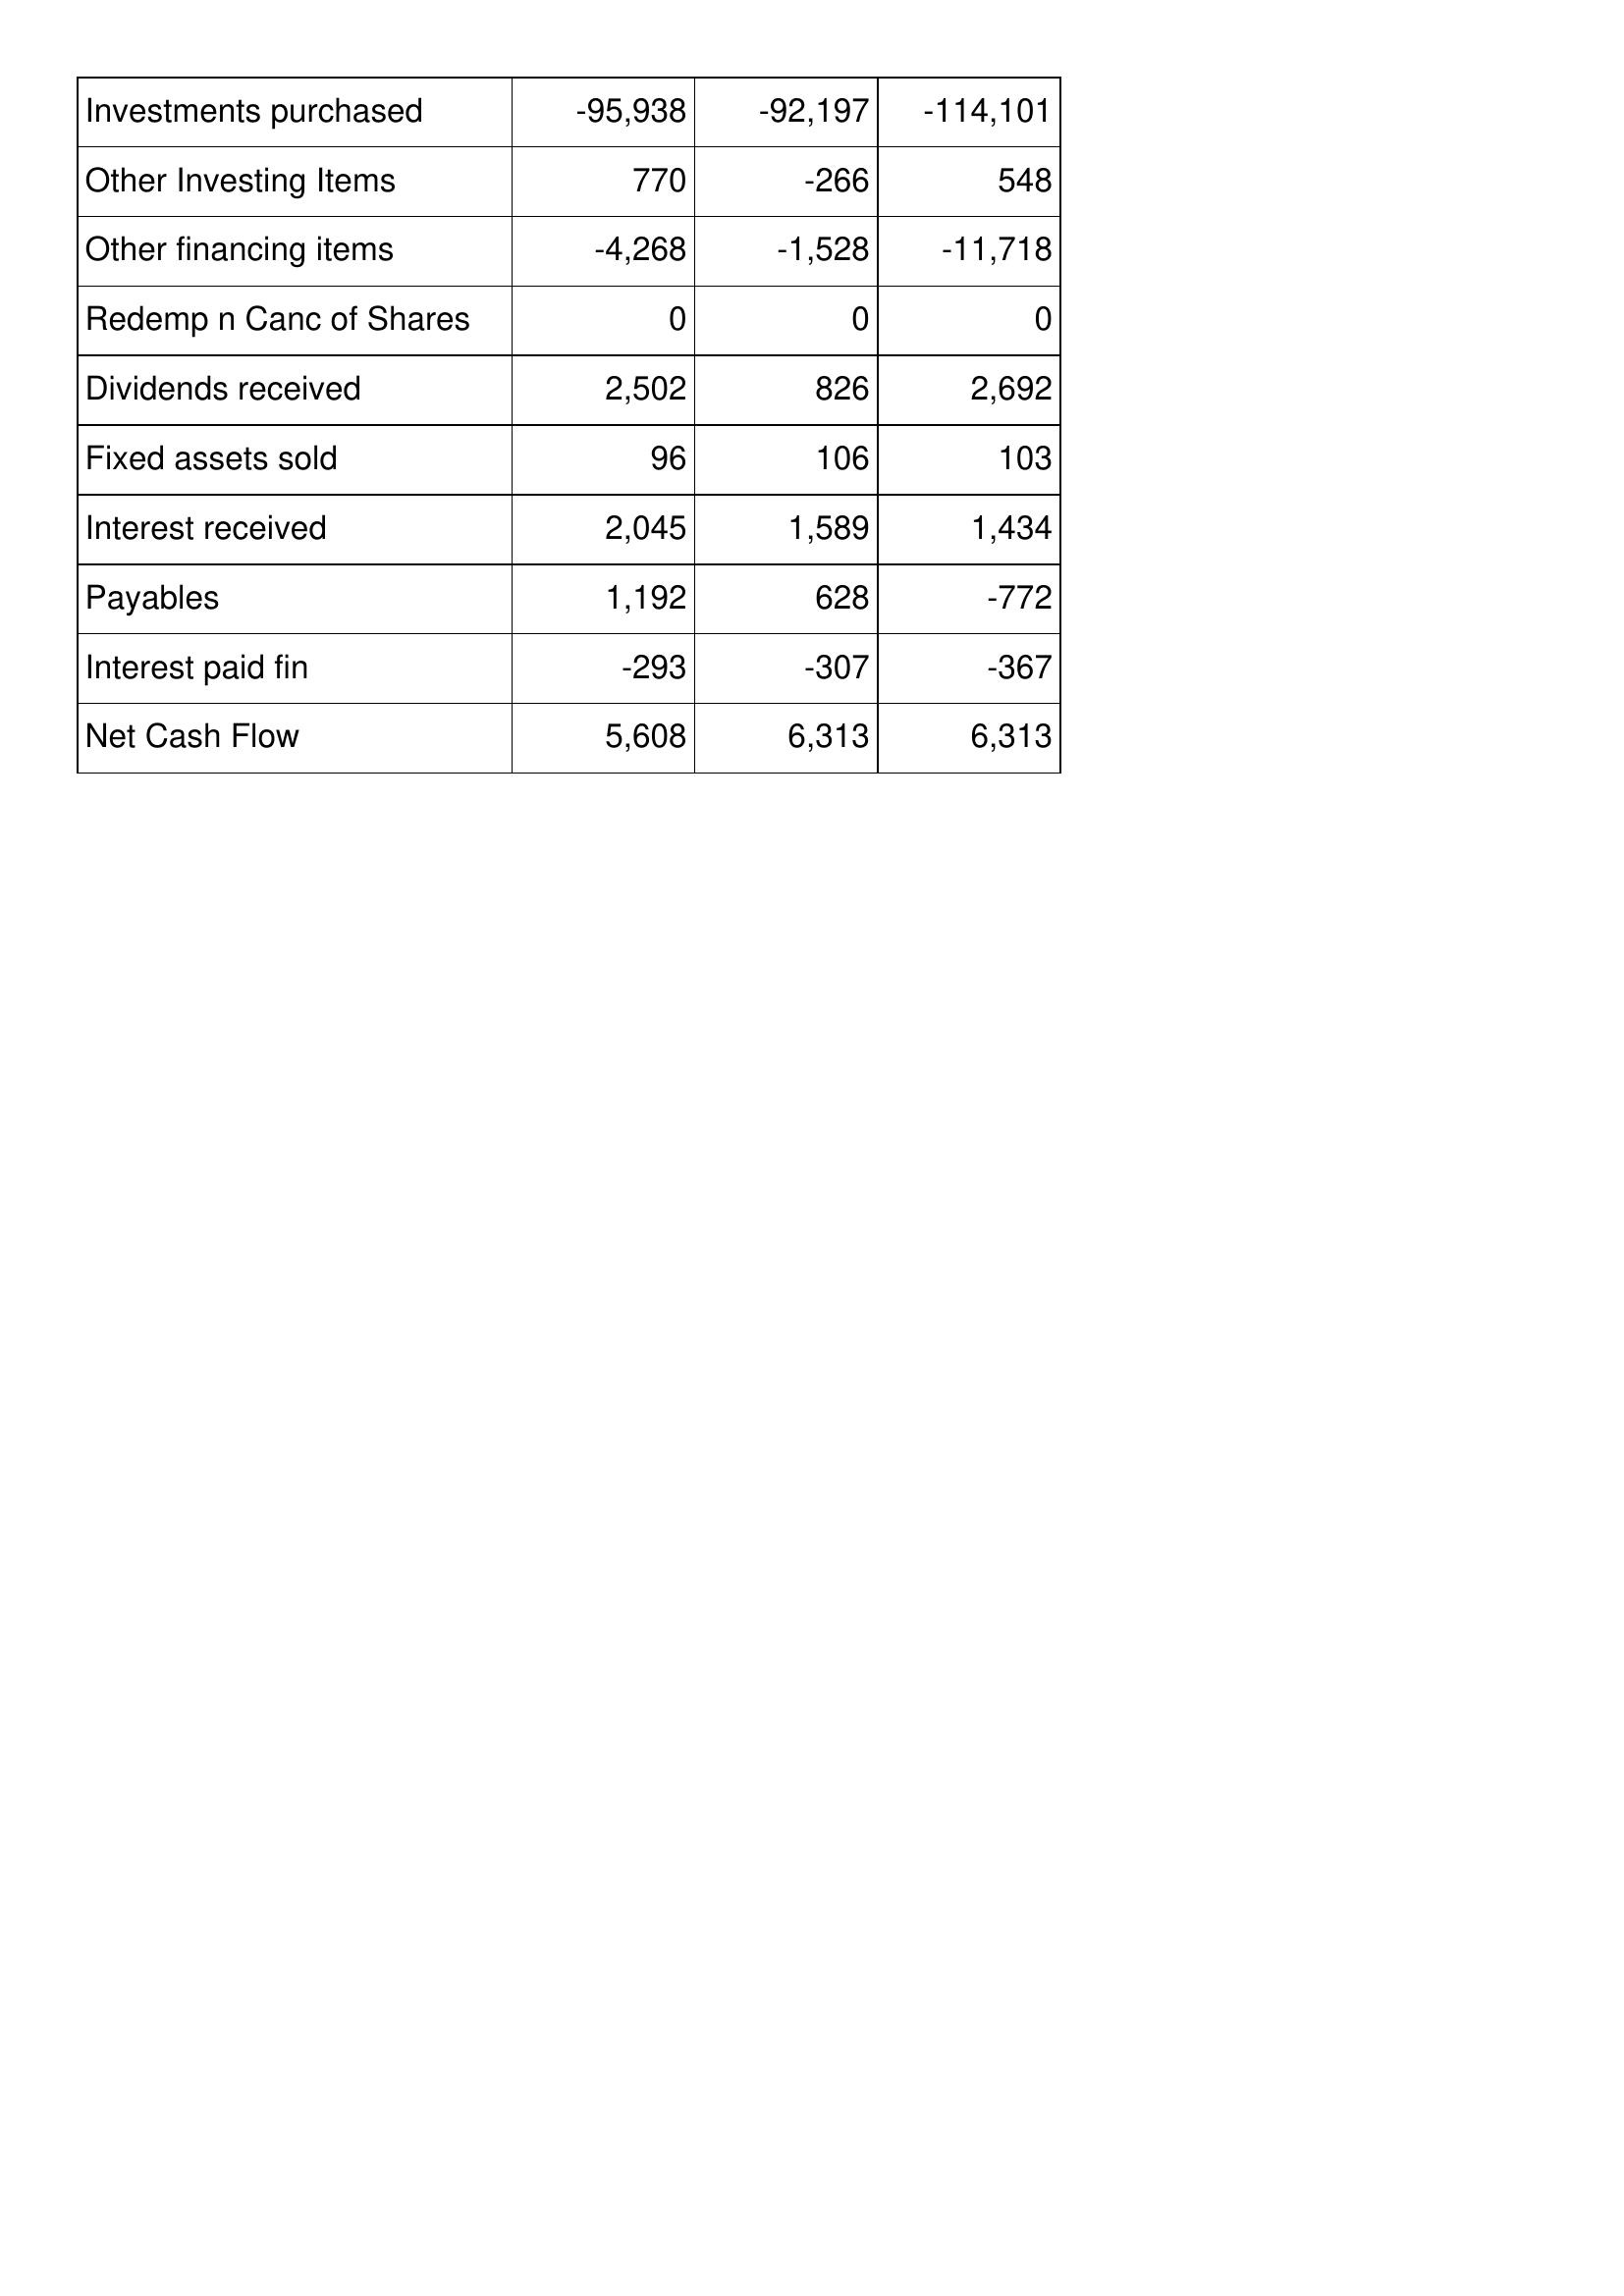
Sep-11: Cash Flows: Investments purchased: -95,938
Other Investing Items: 770
Other financing items: -4,268
Redemp n Canc of Shares: 0
Dividends received: 2,502
Fixed assets sold: 96
Interest received: 2,045
Payables: 1,192
Interest paid fin: -293
Net Cash Flow: 5,608
Sep-10: Cash Flows: Investments purchased: -92,197
Other Investing Items: -266
Other financing items: -1,528
Redemp n Canc of Shares: 0
Dividends received: 826
Fixed assets sold: 106
Interest received: 1,589
Payables: 628
Interest paid fin: -307
Net Cash Flow: 6,313
Sep-09: Cash Flows: Investments purchased: -114,101
Other Investing Items: 548
Other financing items: -11,718
Redemp n Canc of Shares: 0
Dividends received: 2,692
Fixed assets sold: 103
Interest received: 1,434
Payables: -772
Interest paid fin: -367
Net Cash Flow: 6,313